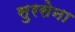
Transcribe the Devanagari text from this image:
सुरसेना